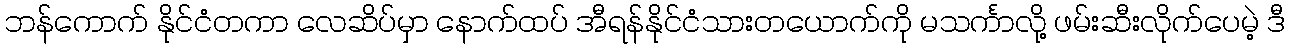
ဘန်ကောက် နိုင်ငံတကာ လေဆိပ်မှာ နောက်ထပ် အီရန်နိုင်ငံသားတယောက်ကို မသင်္ကာလို့ ဖမ်းဆီးလိုက်ပေမဲ့ ဒီ